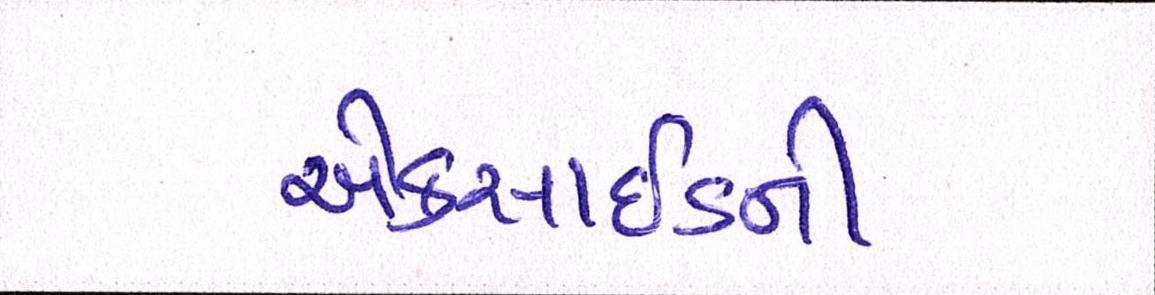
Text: એક્સાઇડની